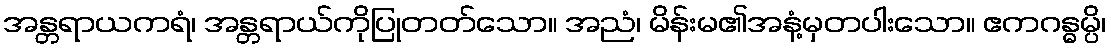
အန္တရာယကရံ၊ အန္တရာယ်ကိုပြုတတ်သော။ အညံ၊ မိန်းမ၏အနံ့မှတပါးသော။ ဧကဂန္ဓမ္ပိ၊